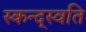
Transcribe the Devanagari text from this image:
स्कन्द्स्वति